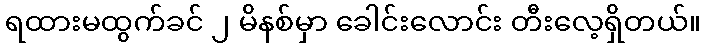
ရထားမထွက်ခင် ၂ မိနစ်မှာ ခေါင်းလောင်း တီးလေ့ရှိတယ်။